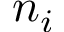
n _ { i }